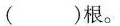
( )根。